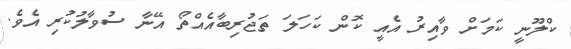
ކްލޫނީ ކަމަށް ވާއިރު އެއީ ކޮން ކަހަލަ ތަޖުރިބާއެއްތޯ އޭނާ ސުވާލުކުރި އެވެ.